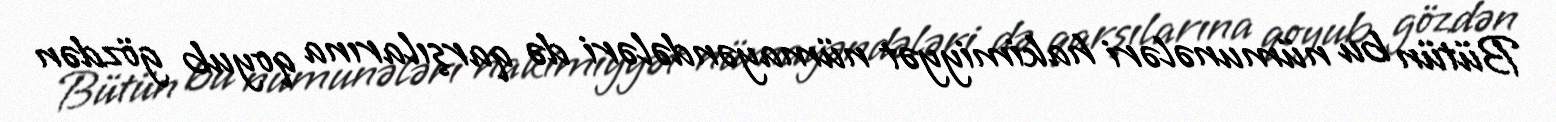
Bütün bu nümunələri hakimiyyət nümayəndələri də qarşılarına qoyub gözdən